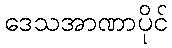
ဒေသအာဏာပိုင်